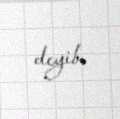
deyib.